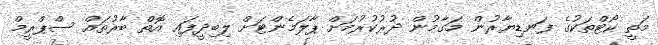
މަތީ ކޯޓްތަކުގެ ފަނޑިޔާރުން މަގާމުން ދުރުކުރުމަށް ޕާލަމެންޓަށް ލިބިދީފައި އޮތް ބާރުތައް ސްޕްރީމް